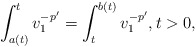
\begin{align*}\int_{a(t)}^t v_1^{-p'}=\int_t^{b(t)}v_1^{-p'},t>0,\end{align*}